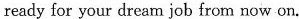
ready for your dream job from now on.